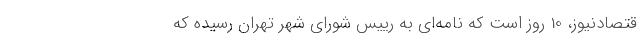
قتصادنیوز، 10 روز است که نامه‌ای به رییس شورای شهر تهران رسیده که